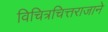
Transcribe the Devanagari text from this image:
विचित्रचित्तराजाने